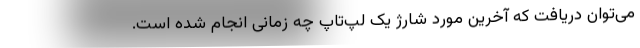
می‌توان دریافت که آخرین مورد شارژ یک لپ‌تاپ چه زمانی انجام شده است.